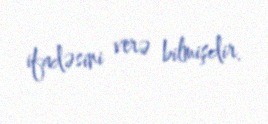
ifadəsini verə bilmişdir.